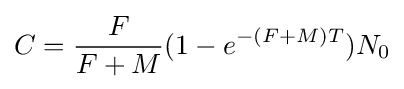
C={\frac {F}{F+M}}(1-e^{-(F+M)T})N_{0}